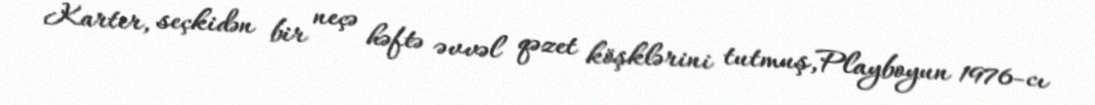
Karter, seçkidən bir neçə həftə əvvəl qəzet köşklərini tutmuş,Playboyun 1976-cı